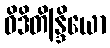
ဝိဒိတိန္ဒြိယော